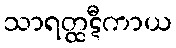
သာရတ္ထဋီကာယ